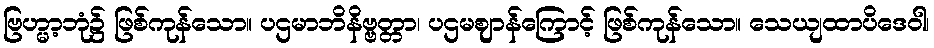
ဗြဟ္မာ့ဘုံ၌ ဖြစ်ကုန်သော။ ပဌမာဘိနိဗ္ဗတ္တာ၊ ပဌမဈာန်ကြောင့် ဖြစ်ကုန်သော။ သေယျထာပိဒေဝါ၊